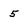
Character: 5